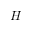
H